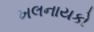
ખલનાયકો